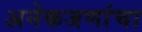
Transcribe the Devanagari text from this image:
अनेकजणांचा